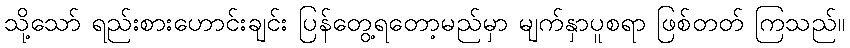
သို့သော် ရည်းစားဟောင်းချင်း ပြန်တွေ့ရတော့မည်မှာ မျက်နှာပူစရာ ဖြစ်တတ် ကြသည်။